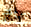
كلا